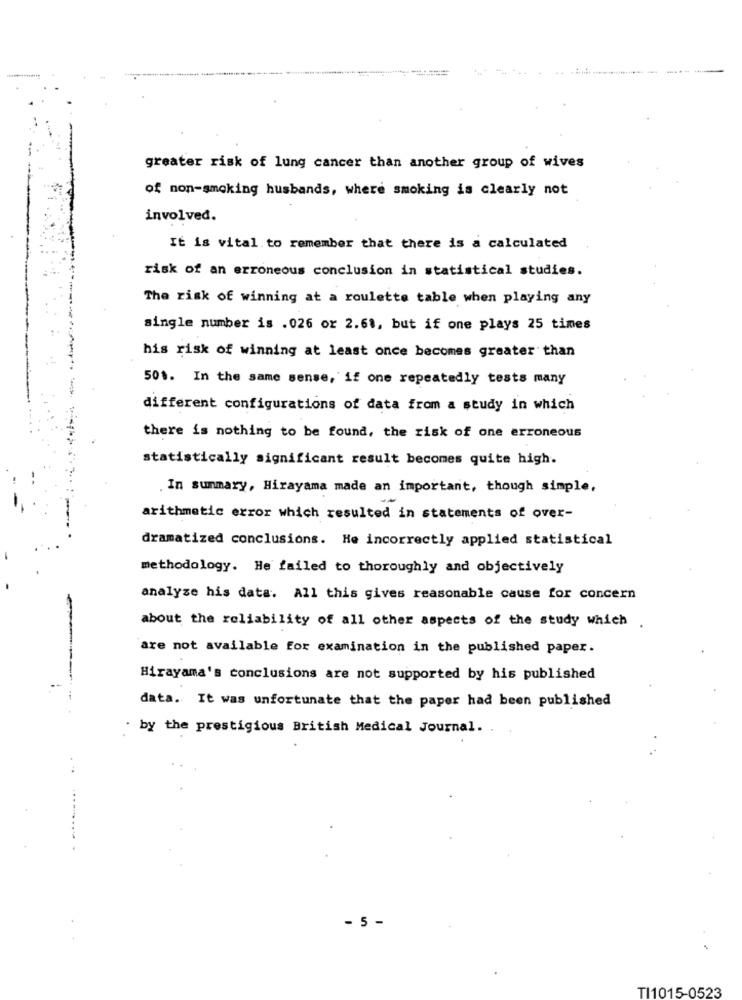
greater risk of lung cancer than another group of wives
of non-smoking husbands, where smoking is clearly not
involved.
It is vital to remember that there is a calculated
risk of an erroneous conclusion in statistical studies.
The risk of winning at a roulette table when playing any
single number is .026 or 2.61, but if one plays 25 times
his risk of winning at least once becomes greater than
501. In the same sense, if one repeatedly tests many
----- -
different configurations of data from a study in which
there is nothing to be found, the risk of one erroneous
statistically significant result becomes quite high.
. In summary, Hirayama made an important, though simple,
arithmetic error which resulted in statements of over-
dramatized conclusions. He incorrectly applied statistical
methodology. He failed to thoroughly and objectively
analyze his data. All this gives reasonable cause for concern
about the reliability of all other aspects of the study which .
are not available for examination in the published paper.
Hirayama's conclusions are not supported by his published
data. It was unfortunate that the paper had been published
. by the prestigious British Medical Journal.
- 5 -
TI1015-0523